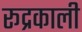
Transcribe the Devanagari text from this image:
रूद्रकाली